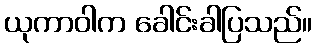
ယုကာဝါက ခေါင်းခါပြသည်။